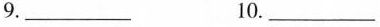
9._________10._________